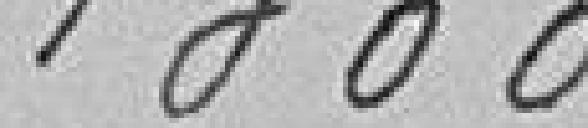
1 300